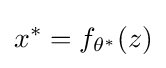
x^{*}=f_{\theta ^{*}}(z)